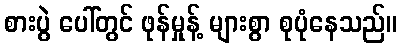
စားပွဲ ပေါ်တွင် ဖုန်မှုန့် များစွာ စုပုံနေသည်။